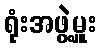
ရုံးအဖွဲ့မှူး